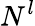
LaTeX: N^{l}